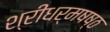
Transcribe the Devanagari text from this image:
श्रीधर्मषष्ठ